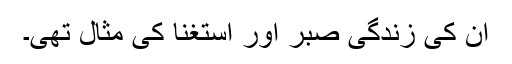
ان کی زندگی صبر اور استغنا کی مثال تھی۔